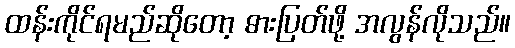
ထန်းကိုင်ရမည်ဆိုတော့ ဓားပြတ်ဖို့ အလွန်လိုသည်။